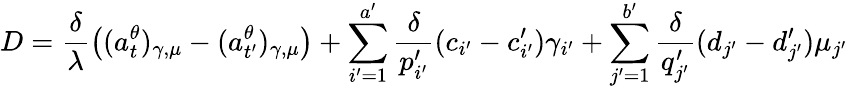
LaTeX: D=\frac{\delta}{\lambda}\left((a_{t}^{\theta})_{\gamma,\mu}-(a_{t^{\prime}}^{\theta})_{\gamma,\mu}\right)+\sum_{i^{\prime}=1}^{a^{\prime}}\frac{\delta}{p_{i^{\prime}}^{\prime}}(c_{i^{\prime}}-c_{i^{\prime}}^{\prime})\gamma_{i^{\prime}}+\sum_{j^{\prime}=1}^{b^{\prime}}\frac{\delta}{q_{j^{\prime}}^{\prime}}(d_{j^{\prime}}-d_{j^{\prime}}^{\prime})\mu_{j^{\prime}}